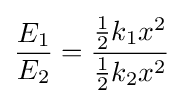
{\frac {E_{1}}{E_{2}}}={\frac {{\frac {1}{2}}k_{1}x^{2}}{{\frac {1}{2}}k_{2}x^{2}}}